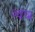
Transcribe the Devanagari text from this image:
ज्यंचा